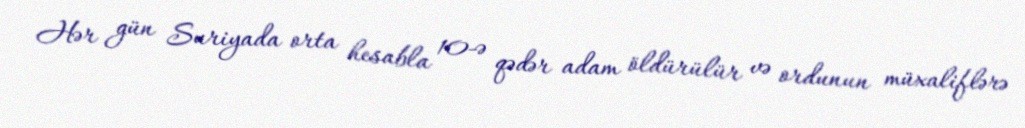
Hər gün Suriyada orta hesabla 10-ə qədər adam öldürülür və ordunun müxaliflərə